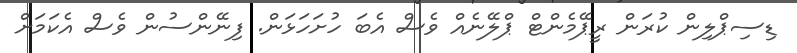
ޑިސިޕްލިން ކުރަން ރީޕޭމެންޓް ޕްލޭނެއް ވެސް އެބަ ހުށަހަޅަން. ފިނޭންސުން ވެސް އެކަމަށް